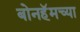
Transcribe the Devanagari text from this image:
बोनहॅमच्या